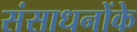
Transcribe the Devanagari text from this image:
संसाधनोंके